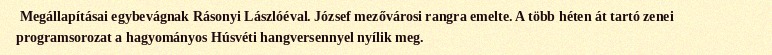
Megállapításai egybevágnak Rásonyi Lászlóéval. József mezővárosi rangra emelte. A több héten át tartó zenei programsorozat a hagyományos Húsvéti hangversennyel nyílik meg.